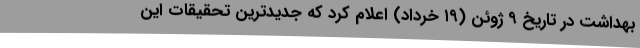
بهداشت در تاریخ ۹ ژوئن (۱۹ خرداد) اعلام کرد که جدیدترین تحقیقات این